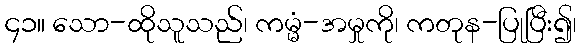
၄၁။ သော-ထိုသူသည်၊ ကမ္မံ-အမှုကို၊ ကတုန-ပြုပြီး၍၊